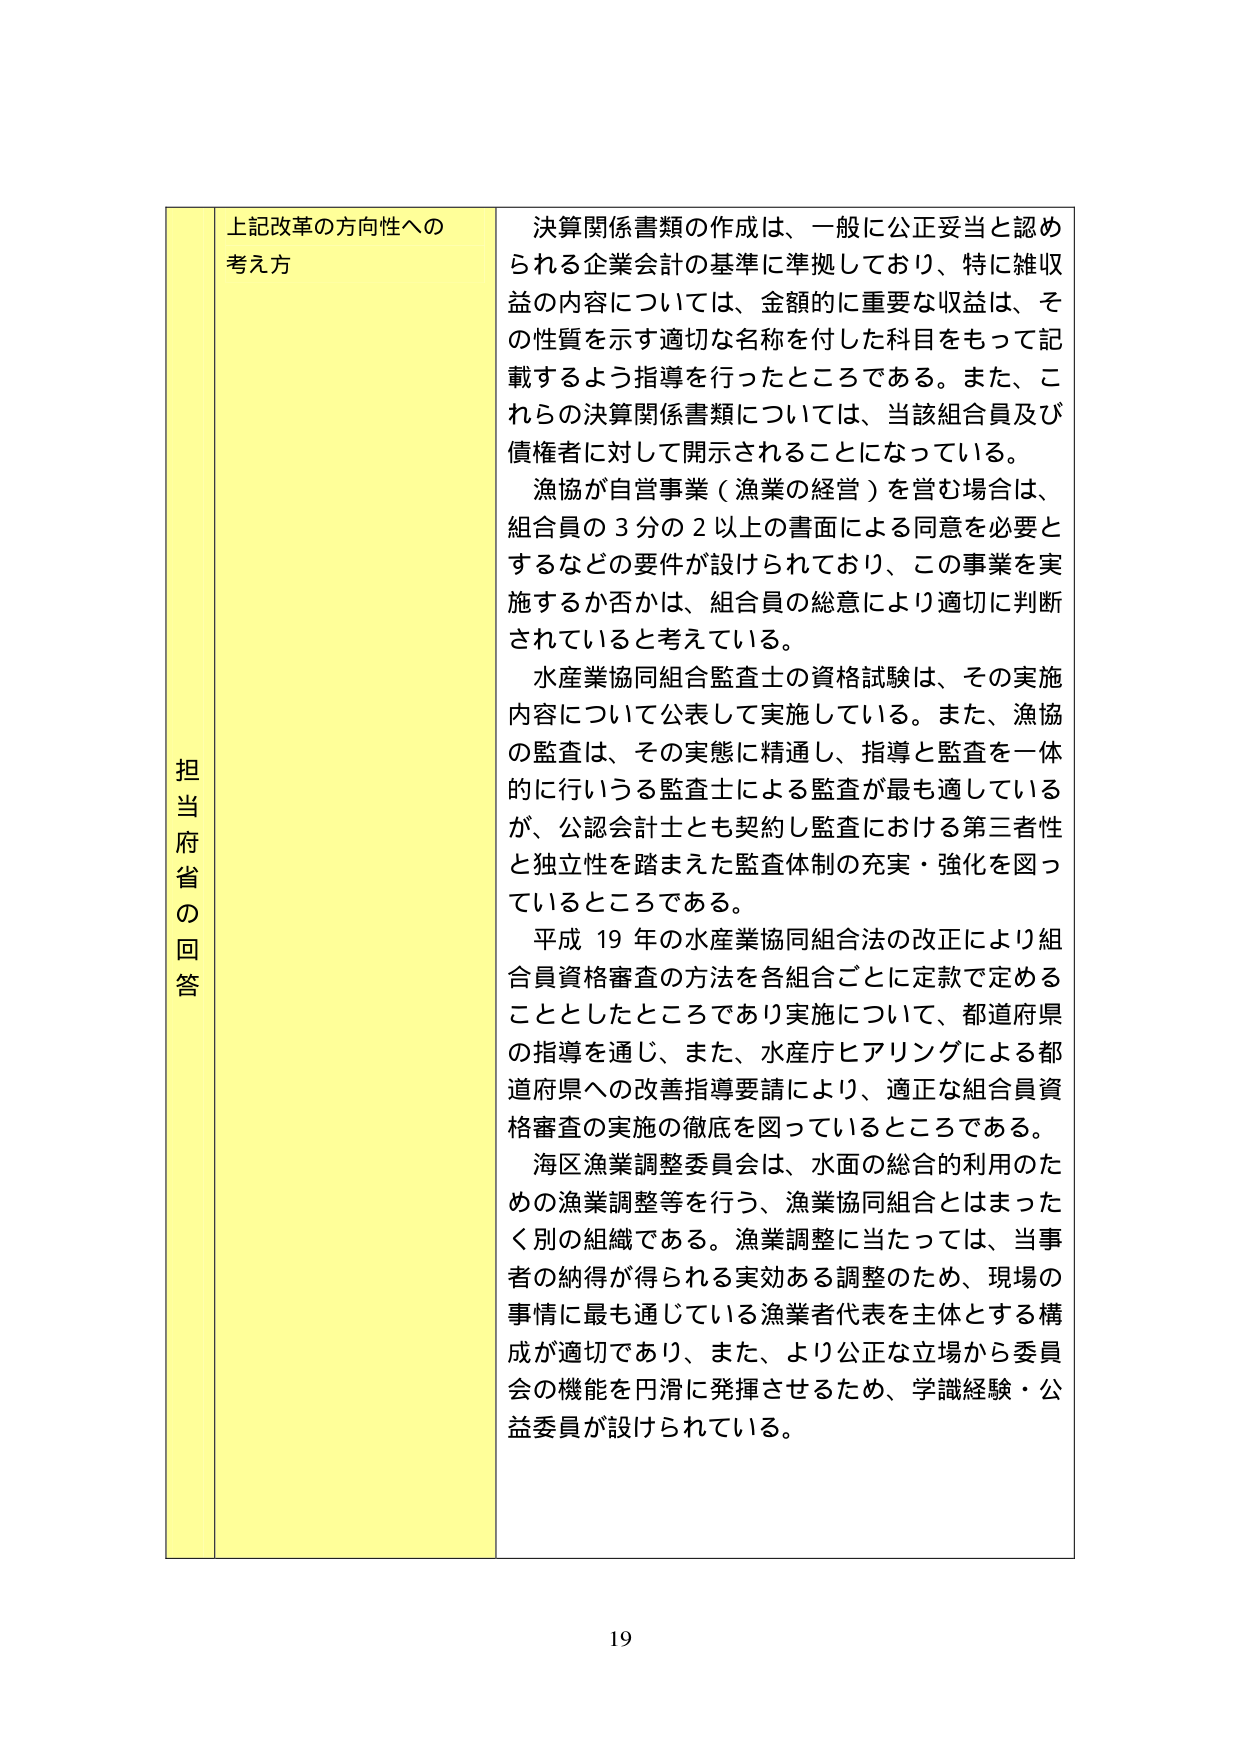
担当府省の回答

上記改革の方向性への
考え方

決算関係書類の作成は、一般に公正妥当と認め
られる企業会計の基準に準拠しており、特に雑収
益の内容については、金額的に重要な収益は、そ
の性質を示す適切な名称を付した科目をもって記
載するよう指導を行ったところである。また、こ
れらの決算関係書類については、当該組合員及び
債権者に対して開示されることになっている。

漁協が自営事業（漁業の経営）を営む場合は、
組合員の３分の２以上の書面による同意を必要と
するなどの要件が設けられており、この事業を実
施するか否かは、組合員の総意により適切に判断
されていると考えている。

水産業協同組合監査士の資格試験は、その実施
内容について公表して実施している。また、漁協
の監査は、その実態に精通し、指導と監査を一体
的に行いうる監査士による監査が最も適している
が、公認会計士とも契約し監査における第三者性
と独立性を踏まえた監査体制の充実・強化を図っ
ているところである。

平成19年の水産業協同組合法の改正により組
合員資格審査の方法を各組合ごとに定款で定める
こととしたところであり実施について、都道府県
の指導を通じ、また、水産庁ヒアリングによる都
道府県への改善指導要請により、適正な組合員資
格審査の実施の徹底を図っているところである。

海区漁業調整委員会は、水面の総合的利用のた
めの漁業調整等を行う、漁業協同組合とはまった
く別の組織である。漁業調整に当たっては、当事
者の納得が得られる実効ある調整のため、現場の
事情に最も通じている漁業者代表を主体とする構
成が適切であり、また、より公正な立場から委員
会の機能を円滑に発揮させるため、学識経験・公
益委員が設けられている。

19